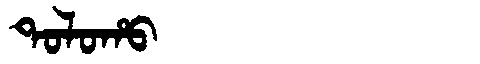
Manchu: ᡨᠣᠯᠣᡥᠣ
Romanization: TOLOHO